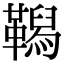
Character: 𩍆